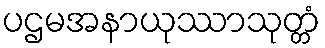
ပဌမအနာယုဿာသုတ္တံ